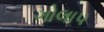
ગોલાપ